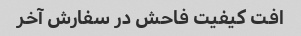
افت کیفیت فاحش در سفارش آخر